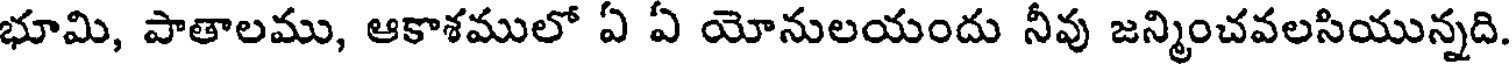
భూమి, పాతాలము, ఆకాశములో ఏ ఏ యోనులయందు నీవు జన్మించవలసియున్నది